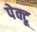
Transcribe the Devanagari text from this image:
पेक्टू